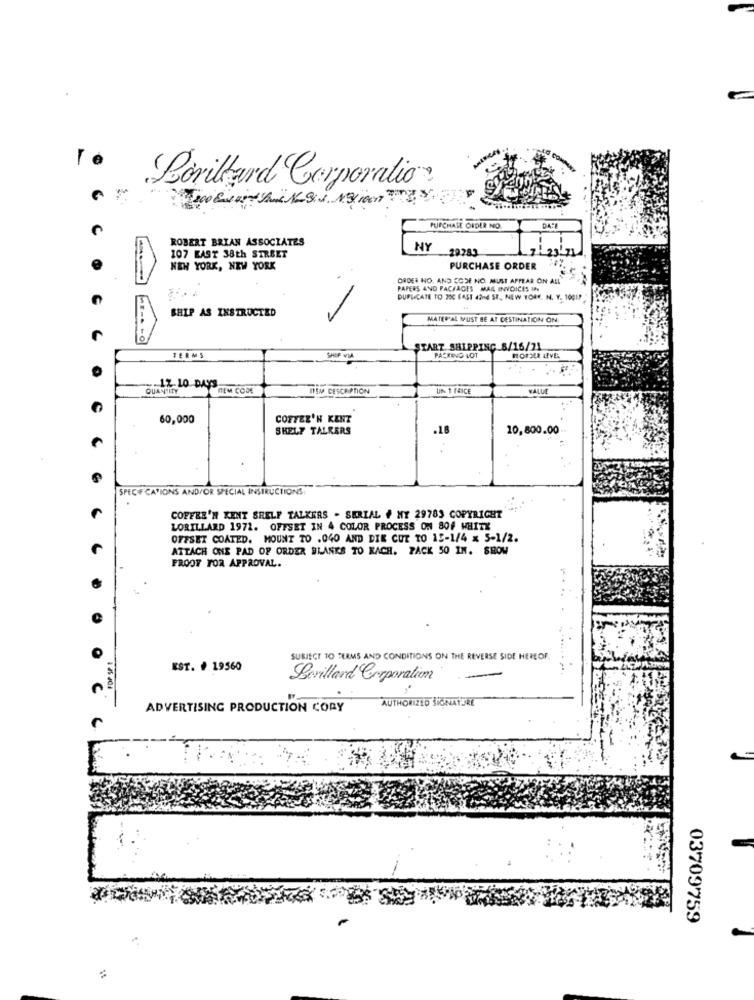
Té
Boriltard Corporatio?
C
PURCHASE ORDER NO.
DATE
ROBERT BRIAN ASSOCIATES
NY
29783
107 EAST 38th STREET
NEW YORK, NEW YORK
PURCHASE ORDER
ORDER NO. AND CODE NO. MUST APPEAR ON ALL"
PAPERS AND PACKAGES MAIL INVOICES IN
DUPLICATE TO 200 EAST 42nd ST ., NEW YORK, N. Y. 10017
SHIP AS INSTRUCTED
MATER'AL MUST BE AT DESTINATION ON
START SHIPPING 8/16/21
TERMS
PACKING LOT
... ..
QUANTITY
12.10 DAYS
MEM CODE
ITEM CESCRIPTION
UN 1 14ICE
VALUE
60,000
COFFEE'N KENT
SHELF TALKERS
.18
10,800.00
SPEC# CAVIONS AND/OR SPECIAL INSTRUCTIONS:
COFFRE'N KENT SHELF TALKERS . SERIAL # MY 29783 COPYRIGHT
LORILLARD 1972. OFFSET IN 4 COLOR PROCESS ON 80F WHITE
OFFSET COATED. MOUNT TO .040 AND DIE CUT TO 15-1/4 x 5-1/2.
ATTACH ONE PAD OF ORDER BLANKS TO KACH. PACK 50 IN. SHOW
FROOT FOR APPROVAL.
SUBJECT TO TERMS AND CONDITIONS ON THE REVERSE SIDE HEREOF
EST. # 19560
Bevillard Corporation
C
AUTHORIZED SIGNATURE
ADVERTISING PRODUCTION CORY
03709759